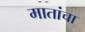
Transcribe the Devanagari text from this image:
मातांचा